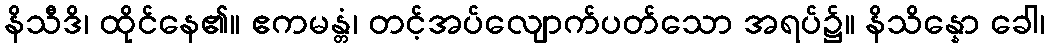
နိသီဒိ၊ ထိုင်နေ၏။ ဧကမန္တံ၊ တင့်အပ်လျောက်ပတ်သော အရပ်၌။ နိသိန္နော ခေါ၊